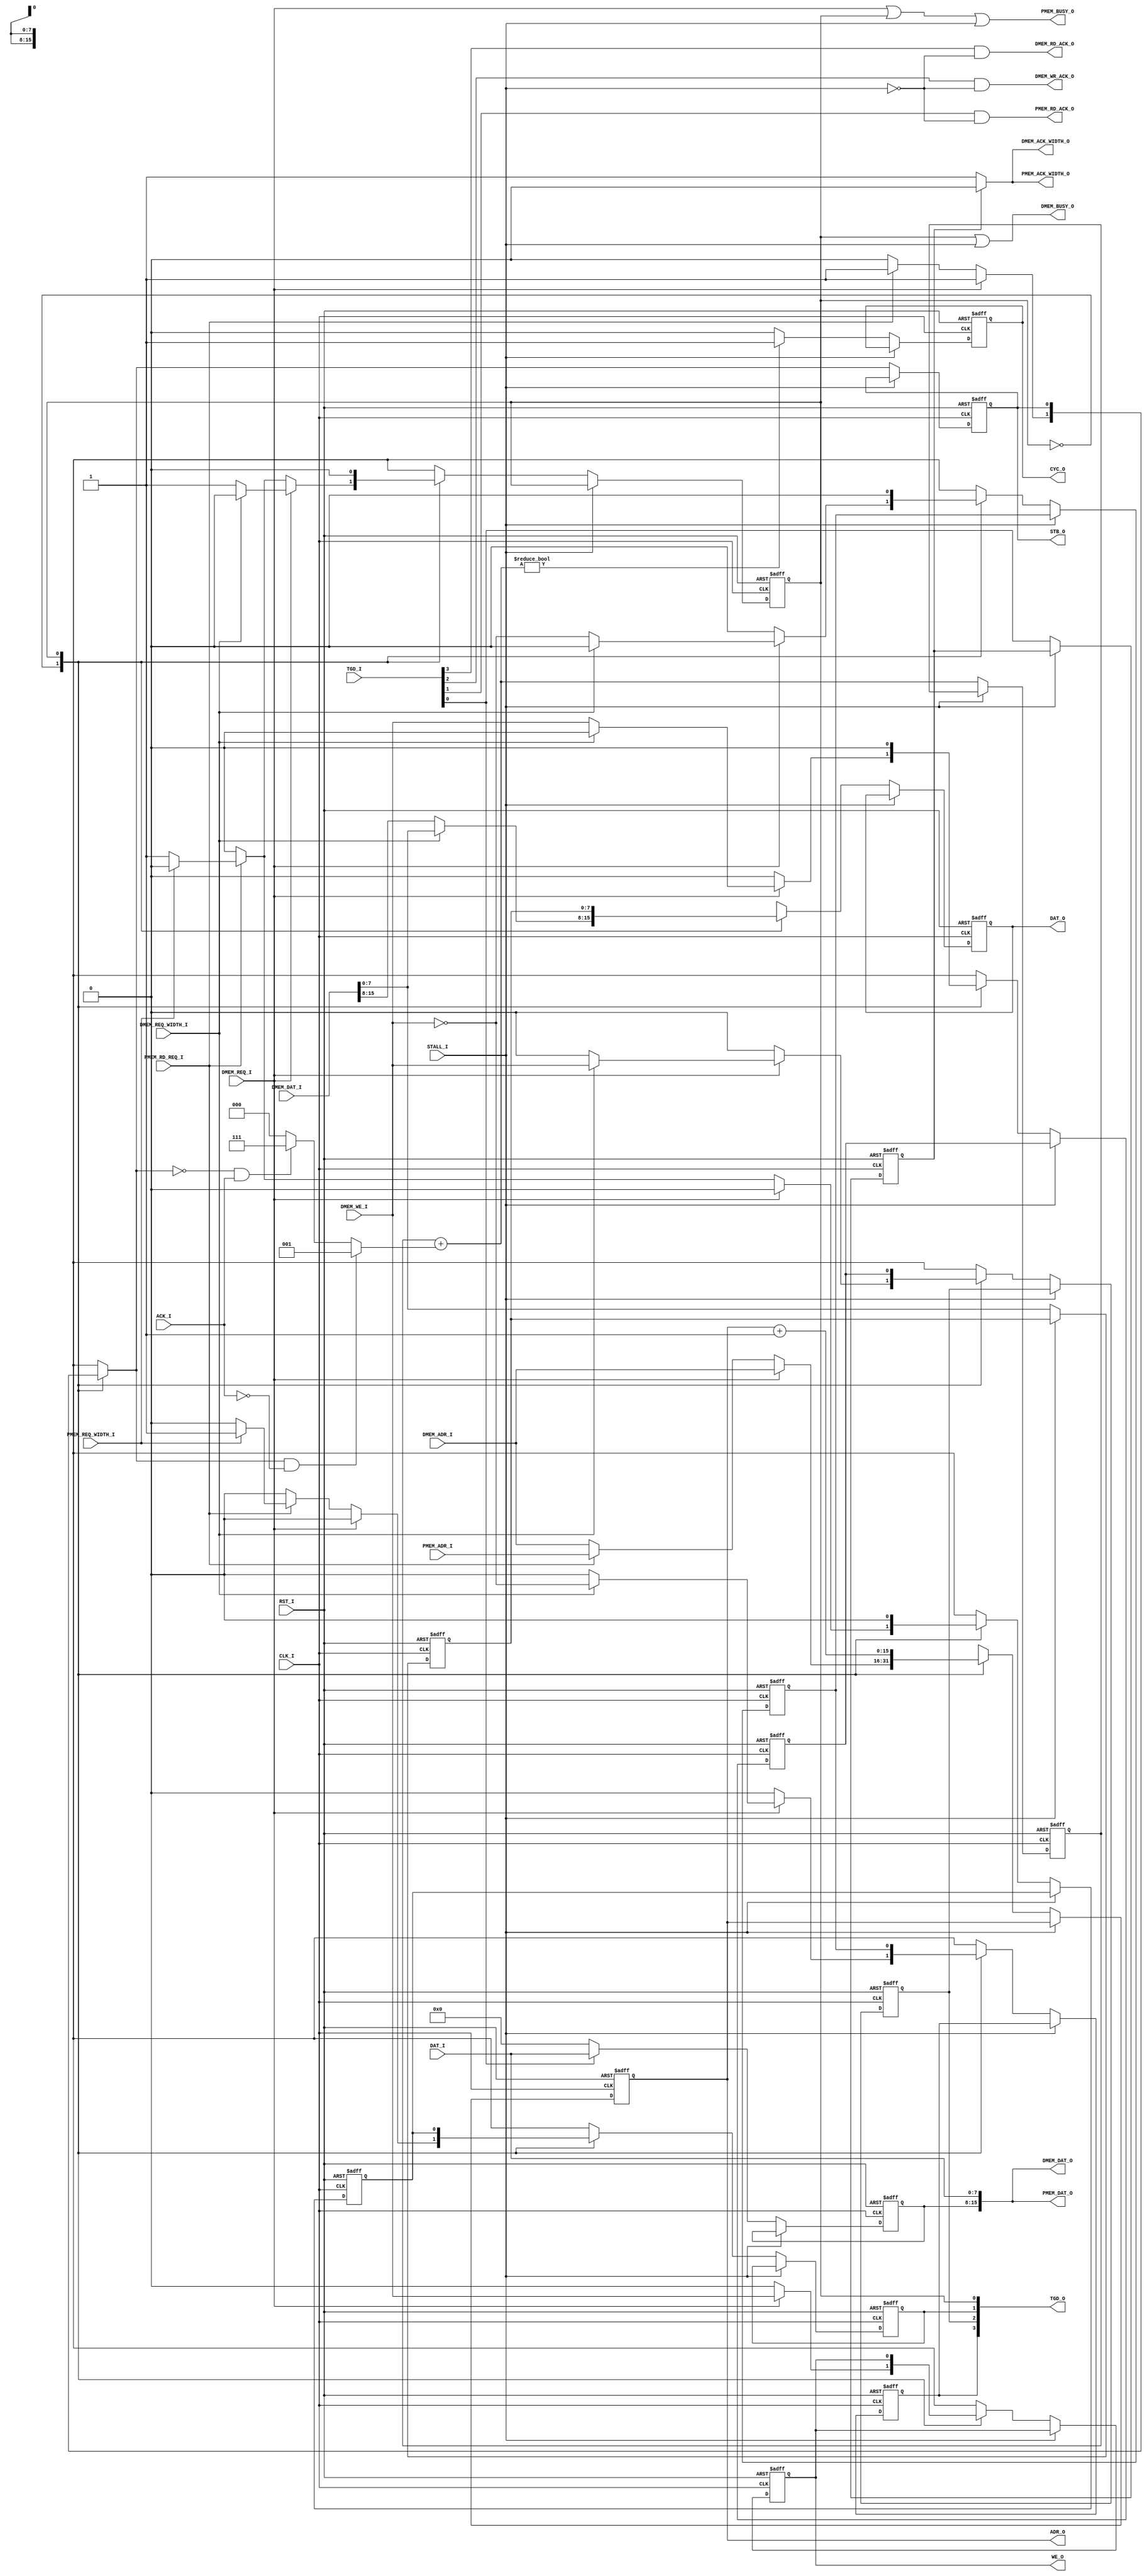
// [TURBO9_HEADER_START]
//////////////////////////////////////////////////////////////////////////////
//                          Turbo9 Microprocessor IP
//////////////////////////////////////////////////////////////////////////////
// Website: www.turbo9.org
// Contact: team[at]turbo9[dot]org
//////////////////////////////////////////////////////////////////////////////
// [TURBO9_LICENSE_START]
// BSD-1-Clause
//
// Copyright (c) 2020-2023
// Kevin Phillipson
// Michael Rywalt
// All rights reserved.
//
// Redistribution and use in source and binary forms, with or without
// modification, are permitted provided that the following conditions are met:
//
// 1. Redistributions of source code must retain the above copyright notice,
//    this list of conditions and the following disclaimer.
//
// THIS SOFTWARE IS PROVIDED BY THE COPYRIGHT HOLDERS AND CONTRIBUTORS "AS IS"
// AND ANY EXPRESS OR IMPLIED WARRANTIES, INCLUDING, BUT NOT LIMITED TO, THE
// IMPLIED WARRANTIES OF MERCHANTABILITY AND FITNESS FOR A PARTICULAR PURPOSE
// ARE DISCLAIMED. IN NO EVENT SHALL THE COPYRIGHT HOLDERS AND CONTRIBUTORS BE
// LIABLE FOR ANY DIRECT, INDIRECT, INCIDENTAL, SPECIAL, EXEMPLARY, OR
// CONSEQUENTIAL DAMAGES (INCLUDING, BUT NOT LIMITED TO, PROCUREMENT OF
// SUBSTITUTE GOODS OR SERVICES; LOSS OF USE, DATA, OR PROFITS; OR BUSINESS
// INTERRUPTION) HOWEVER CAUSED AND ON ANY THEORY OF LIABILITY, WHETHER IN
// CONTRACT, STRICT LIABILITY, OR TORT (INCLUDING NEGLIGENCE OR OTHERWISE)
// ARISING IN ANY WAY OUT OF THE USE OF THIS SOFTWARE, EVEN IF ADVISED OF THE
// POSSIBILITY OF SUCH DAMAGE.
// [TURBO9_LICENSE_END]
//////////////////////////////////////////////////////////////////////////////
// Description: Shared 8-bit program/data pipelined Wishbone memory interface
//
//////////////////////////////////////////////////////////////////////////////
// History:
// 07.14.2023 - Kevin Phillipson
//   File header added
//
//////////////////////////////////////////////////////////////////////////////
// [TURBO9_HEADER_END]

/////////////////////////////////////////////////////////////////////////////
//                                MODULE
/////////////////////////////////////////////////////////////////////////////
module turbo9_wishbone_8bit
#(
  parameter REGISTER_WB_OUTPUTS = 1
)
(
  // Inputs: Clock & Reset
  input          RST_I,
  input          CLK_I,

  // External Wishbone Interface
  input    [7:0] DAT_I,
  input    [3:0] TGD_I,
  input          ACK_I,
  input          STALL_I,
  output  [15:0] ADR_O,
  output   [7:0] DAT_O,
  output   [3:0] TGD_O,
  output         WE_O, 
  output         STB_O,
  output         CYC_O,

  // Data Memory Interface
  input   [15:0] DMEM_DAT_I,
  output  [15:0] DMEM_DAT_O,
  input   [15:0] DMEM_ADR_I,
  output         DMEM_BUSY_O,
  input          DMEM_REQ_I,
  input          DMEM_REQ_WIDTH_I,
  input          DMEM_WE_I,
  output         DMEM_RD_ACK_O,
  output         DMEM_WR_ACK_O,
  output         DMEM_ACK_WIDTH_O,

  // Program Memory Interface
  output  [15:0] PMEM_DAT_O,
  input   [15:0] PMEM_ADR_I,
  output         PMEM_BUSY_O,
  input          PMEM_RD_REQ_I,
  input          PMEM_REQ_WIDTH_I,
  output         PMEM_RD_ACK_O,
  output         PMEM_ACK_WIDTH_O

);

/////////////////////////////////////////////////////////////////////////////
//                           INPUTS / OUTPUTS
/////////////////////////////////////////////////////////////////////////////
// Inputs: Clock & Reset
//input        RST_I;  // Reset. Active high and synchronized to CLK_I
//input        CLK_I;  // Clock

// Wishbone Inputs 
//input  [7:0] DAT_I;  // The data input array [DAT_I()] is used to pass
                       // binary data.
                       // 
//input        ACK_I;  // The acknowledge input [ACK_I], when asserted,
                       // indicates the normal termination of a bus cycle.
                       // Also see the [ERR_I] and [RTY_I] signal descriptions.
                       //
//input        STALL_I;// The pipeline stall input [STALL_I] indicates that
                       // current slave is not able to accept the transfer
                       // in the transaction queue.
                       //
//input        ERR_I;  // The error input [ERR_I] indicates an abnormal
                       // cycle termination. The source of the error, and
                       // the response generated by the MASTER is defined
                       // by the IP core supplier. Also see the [ACK_I] and
                       // [RTY_I] signal descriptions.
                       //
//input        RTY_I;  // The retry input [RTY_I] indicates that the interface
                       // is not ready to accept or send data, and that the
                       // cycle should be retried. When and how the cycle is
                       // retried is defined by the IP core supplier. Also
                       // see the [ERR_I] and [RTY_I] signal descriptions.
                       //
// Wishbone Outputs
//output [15:0] ADR_O; // The address output array [ADR_O()] is used to pass
                       // a binary address. The higher array boundary is
                       // specific to the address width of the core, and the
                       // lower array boundary is determined by the data port
                       // size and granularity. For example the array size on
                       // a 32-bit data port with BYTE granularity is
                       // [ADR_O(n..2)]. In some cases (such as FIFO
                       // interfaces) the array may not be present on the
                       // interface.
                       // 
//output  [7:0] DAT_O; // The data output array [DAT_O()] is used to pass
                       // binary data. The array boundaries are determined by
                       // the port size, with a maximum port size of 64-bits
                       // (e.g. [DAT_I(63..0)]). Also see the [DAT_I()] and
                       // [SEL_O()] signal descriptions.
                       // 
//output        WE_O;  // The write enable output [WE_O] indicates whether
                       // the current local bus cycle is a READ or WRITE
                       // cycle. The signal is negated during READ cycles,
                       // and is asserted during WRITE cycles.
                       // 
//output        STB_O; //  The strobe output [STB_O] indicates a valid data
                       // transfer cycle. It is used to qualify various other
                       // signals on the interface such as [SEL_O()]. The
                       // SLAVE asserts either the [ACK_I], [ERR_I] or
                       // [RTY_I] signals in response to every assertion of
                       // the [STB_O] signal.
                       // 
//output        CYC_O; // The cycle output [CYC_O], when asserted, indicates
                       // that a valid bus cycle is in progress. The signal
                       // is asserted for the duration of all bus cycles. For
                       // example, during a BLOCK transfer cycle there can be
                       // multiple data transfers. The [CYC_O] signal is
                       // asserted during the first data transfer, and remains
                       // asserted until the last data transfer. The [CYC_O]
                       // signal is useful for interfaces with multi-port
                       // interfaces (such as dual port memories). In these
                       // cases, the [CYC_O] signal requests use of a common
                       // bus from an arbiter.

/////////////////////////////////////////////////////////////////////////////



/////////////////////////////////////////////////////////////////////////////
//                             INTERNAL SIGNALS
/////////////////////////////////////////////////////////////////////////////


//////////////////////////////////////// WIDTH_I defines
//
// This must match the MSB of the *_REG_SEL control vectors
localparam  WIDTH_16 =  1'b0;
localparam  WIDTH_8  =  1'b1;

reg   [15:0]  adr_o_reg;
reg   [15:0]  adr_o_nxt;
localparam    adr_o_rst = 16'h0000;

reg    [7:0]  dat_o_reg;
reg    [7:0]  dat_o_nxt;
localparam    dat_o_rst = 8'h00;

reg    [7:0]  dat_o_lo_byte_reg;
wire    [7:0] dat_o_lo_byte_nxt;
localparam    dat_o_lo_byte_rst = 8'h00;

reg    [7:0]  dat_i_hi_byte_reg;
wire   [7:0]  dat_i_hi_byte_nxt;
localparam    dat_i_hi_byte_rst = 8'h00;

reg           we_o_reg;
reg           we_o_nxt;
localparam    we_o_rst = 1'b0;
           
reg           stb_o_reg;
reg           stb_o_nxt;
localparam    stb_o_rst = 1'b0;
           
reg           cyc_o_reg;
wire          cyc_o_nxt;
localparam    cyc_o_rst = 1'b0;

wire          tag_dmem_rd_i;
reg           tag_dmem_rd_o_16bit_reg;
reg           tag_dmem_rd_o_16bit_nxt;
localparam    tag_dmem_rd_o_16bit_rst = 1'b0;
reg           tag_dmem_rd_o_reg;
reg           tag_dmem_rd_o_nxt;
localparam    tag_dmem_rd_o_rst = 1'b0;

wire          tag_dmem_wr_i;
reg           tag_dmem_wr_o_16bit_reg;
reg           tag_dmem_wr_o_16bit_nxt;
localparam    tag_dmem_wr_o_16bit_rst = 1'b0;
reg           tag_dmem_wr_o_reg;
reg           tag_dmem_wr_o_nxt;
localparam    tag_dmem_wr_o_rst = 1'b0;

wire          tag_pmem_rd_i;
reg           tag_pmem_rd_o_16bit_reg;
reg           tag_pmem_rd_o_16bit_nxt;
localparam    tag_pmem_rd_o_16bit_rst = 1'b0;
reg           tag_pmem_rd_o_reg;
reg           tag_pmem_rd_o_nxt;
localparam    tag_pmem_rd_o_rst = 1'b0;

wire          tag_16bit_i;
reg           tag_16bit_i_reg;
wire          tag_16bit_i_nxt;
localparam    tag_16bit_i_rst = 1'b0;

wire          tag_16bit_o;
reg           tag_16bit_o_reg;
reg           tag_16bit_o_nxt;
localparam    tag_16bit_o_rst = 1'b0;

reg    [2:0]  pending_cnt_reg;
wire   [2:0]  pending_cnt_nxt;
localparam    pending_cnt_rst = 3'b000;
wire   [2:0]  pending_cnt_term;

wire          ack_width;

/////////////////////////////////////////////////////////////////////////////



/////////////////////////////////////////////////////////////////////////////
//               MEMORY ACCESS TAG LOGIC & WISHBONE OUTPUT REGISTERS
/////////////////////////////////////////////////////////////////////////////
//
// STALL_I should be generated externally and must be _registered_
//

always @* begin
  //
  // Defaults
  //
  tag_dmem_rd_o_nxt = 1'b0;
  tag_dmem_wr_o_nxt = 1'b0;
  tag_pmem_rd_o_nxt = 1'b0;
  //
  tag_dmem_rd_o_16bit_nxt = 1'b0;
  tag_dmem_wr_o_16bit_nxt = 1'b0;
  tag_pmem_rd_o_16bit_nxt = 1'b0;
  //
  tag_16bit_o_nxt = 1'b0;
  //
  adr_o_nxt = DMEM_ADR_I;
  dat_o_nxt = DMEM_DAT_I[ 7:0];
  we_o_nxt  = 1'b0;
  stb_o_nxt = 1'b0;

  case (tag_16bit_o_reg)
    1'b0: begin   // 8bit state
      //
      if (DMEM_REQ_I) begin
        //
        if (DMEM_REQ_WIDTH_I == WIDTH_16) begin
          tag_dmem_rd_o_16bit_nxt = ~DMEM_WE_I;
          tag_dmem_wr_o_16bit_nxt =  DMEM_WE_I;
          tag_16bit_o_nxt         =  1'b1;
        end else begin
          tag_dmem_rd_o_nxt       = ~DMEM_WE_I;
          tag_dmem_wr_o_nxt       =  DMEM_WE_I;
          tag_16bit_o_nxt         =  1'b0;
        end
        //
        adr_o_nxt = DMEM_ADR_I;
        we_o_nxt  = DMEM_WE_I;
        stb_o_nxt = 1'b1;
        //
      end else if (PMEM_RD_REQ_I) begin
        //
        if (PMEM_REQ_WIDTH_I == WIDTH_16) begin
          tag_pmem_rd_o_16bit_nxt = 1'b1;
          tag_16bit_o_nxt       = 1'b1;
        end else begin
          tag_pmem_rd_o_nxt     = 1'b1;
          tag_16bit_o_nxt       = 1'b0;
        end
        //
        adr_o_nxt = PMEM_ADR_I;
        we_o_nxt  = 1'b0;
        stb_o_nxt = 1'b1;
        //
      end else begin
        tag_16bit_o_nxt = 1'b0;
      end
      //
      if (DMEM_REQ_WIDTH_I == WIDTH_16) begin
        dat_o_nxt = DMEM_DAT_I[15:8];
      end else begin
        dat_o_nxt = DMEM_DAT_I[ 7:0];
      end
      //
    end

    1'b1: begin // 16bit state

      tag_dmem_rd_o_nxt = tag_dmem_rd_o_16bit_reg;
      tag_dmem_wr_o_nxt = tag_dmem_wr_o_16bit_reg;
      tag_pmem_rd_o_nxt = tag_pmem_rd_o_16bit_reg;
      tag_16bit_o_nxt   = 1'b0;  
      adr_o_nxt         = adr_o_reg + 16'h0001;       
      dat_o_nxt         = dat_o_lo_byte_reg;        
      we_o_nxt          = we_o_reg;         
      stb_o_nxt         = stb_o_reg;        

    end
  endcase
end 

assign dat_o_lo_byte_nxt = DMEM_DAT_I[7:0];

assign cyc_o_nxt = (pending_cnt_nxt != 3'b000) ? 1'b1 : 1'b0;

assign pending_cnt_term = ( stb_o_nxt & ~ACK_I) ? 3'b001 : // inc
                          (~stb_o_nxt &  ACK_I) ? 3'b111 : // dec
                                                  3'b000 ; // hold
assign pending_cnt_nxt  = pending_cnt_reg + pending_cnt_term;

assign dat_i_hi_byte_nxt = (tag_16bit_i) ? DAT_I : 8'h00;

assign tag_16bit_i_nxt  = tag_16bit_i;
assign ack_width        = (tag_16bit_i_reg) ? WIDTH_16 : WIDTH_8;

always @(posedge CLK_I, posedge RST_I) begin

  if (RST_I) begin
    adr_o_reg               <= adr_o_rst;
    dat_o_reg               <= dat_o_rst;
    we_o_reg                <= we_o_rst;
    stb_o_reg               <= stb_o_rst;
    cyc_o_reg               <= cyc_o_rst;
    tag_dmem_rd_o_reg       <= tag_dmem_rd_o_rst;
    tag_dmem_wr_o_reg       <= tag_dmem_wr_o_rst;
    tag_pmem_rd_o_reg       <= tag_pmem_rd_o_rst;
    tag_dmem_rd_o_16bit_reg <= tag_dmem_rd_o_16bit_rst;
    tag_dmem_wr_o_16bit_reg <= tag_dmem_wr_o_16bit_rst;
    tag_pmem_rd_o_16bit_reg <= tag_pmem_rd_o_16bit_rst;
    tag_16bit_o_reg         <= tag_16bit_o_rst;  
    pending_cnt_reg         <= pending_cnt_rst;
    dat_o_lo_byte_reg       <= dat_o_lo_byte_rst;
    dat_i_hi_byte_reg       <= dat_i_hi_byte_rst;
    tag_16bit_i_reg         <= tag_16bit_i_rst;

  end else begin

    if (~STALL_I) begin
      adr_o_reg               <= adr_o_nxt;
      dat_o_reg               <= dat_o_nxt;
      we_o_reg                <= we_o_nxt;
      stb_o_reg               <= stb_o_nxt;
      cyc_o_reg               <= cyc_o_nxt;
      tag_dmem_rd_o_reg       <= tag_dmem_rd_o_nxt;
      tag_dmem_wr_o_reg       <= tag_dmem_wr_o_nxt;
      tag_pmem_rd_o_reg       <= tag_pmem_rd_o_nxt;
      tag_dmem_rd_o_16bit_reg <= tag_dmem_rd_o_16bit_nxt;
      tag_dmem_wr_o_16bit_reg <= tag_dmem_wr_o_16bit_nxt;
      tag_pmem_rd_o_16bit_reg <= tag_pmem_rd_o_16bit_nxt;
      tag_16bit_o_reg         <= tag_16bit_o_nxt;  
      pending_cnt_reg         <= pending_cnt_nxt;
      dat_o_lo_byte_reg       <= dat_o_lo_byte_nxt;
      dat_i_hi_byte_reg       <= dat_i_hi_byte_nxt;
      tag_16bit_i_reg         <= tag_16bit_i_nxt;
    end

  end
end
//
/////////////////////////////////////////////////////////////////////////////


/////////////////////////////////////////////////////////////////////////////
//                                WISHBONE 
/////////////////////////////////////////////////////////////////////////////

generate
  if (REGISTER_WB_OUTPUTS) begin
    //
    assign ADR_O       = adr_o_reg;
    assign DAT_O       = dat_o_reg;
    assign WE_O        = we_o_reg ; 
    assign STB_O       = stb_o_reg;
    assign CYC_O       = cyc_o_reg;
    //
    assign TGD_O[3]    = tag_dmem_rd_o_reg;
    assign TGD_O[2]    = tag_dmem_wr_o_reg;
    assign TGD_O[1]    = tag_pmem_rd_o_reg;
    assign TGD_O[0]    = tag_16bit_o_reg;
    assign tag_16bit_o = tag_16bit_o_reg;
    //
  end else begin
    //
    assign ADR_O       = adr_o_nxt;
    assign DAT_O       = dat_o_nxt;
    assign WE_O        = we_o_nxt ; 
    assign STB_O       = stb_o_nxt;
    assign CYC_O       = cyc_o_nxt;
    //
    assign TGD_O[3]    = tag_dmem_rd_o_nxt;
    assign TGD_O[2]    = tag_dmem_wr_o_nxt;
    assign TGD_O[1]    = tag_pmem_rd_o_nxt;
    assign TGD_O[0]    = tag_16bit_o_nxt;
    assign tag_16bit_o = tag_16bit_o_reg;
    //
  end
endgenerate

assign tag_dmem_rd_i = TGD_I[3];
assign tag_dmem_wr_i = TGD_I[2];
assign tag_pmem_rd_i = TGD_I[1];
assign tag_16bit_i   = TGD_I[0];
/////////////////////////////////////////////////////////////////////////////



/////////////////////////////////////////////////////////////////////////////
//                        PROG & DATA MEM OUTPUTS
/////////////////////////////////////////////////////////////////////////////
// Data Memory Interface
assign DMEM_DAT_O       = {dat_i_hi_byte_reg, DAT_I};
assign DMEM_BUSY_O      = tag_16bit_o | STALL_I;
assign DMEM_RD_ACK_O    = tag_dmem_rd_i & ~STALL_I;
assign DMEM_WR_ACK_O    = tag_dmem_wr_i & ~STALL_I;
assign DMEM_ACK_WIDTH_O = ack_width;

// Program Memory Interface
assign PMEM_DAT_O       = {dat_i_hi_byte_reg, DAT_I}; //FIXME we dont need 16bit for PMEM
assign PMEM_BUSY_O      = DMEM_REQ_I | tag_16bit_o | STALL_I;
assign PMEM_RD_ACK_O    = tag_pmem_rd_i & ~STALL_I;
assign PMEM_ACK_WIDTH_O = ack_width;
//
/////////////////////////////////////////////////////////////////////////////

endmodule